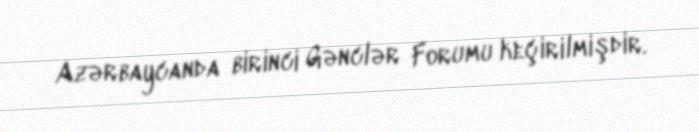
Azərbaycanda birinci Gənclər Forumu keçirilmişdir.